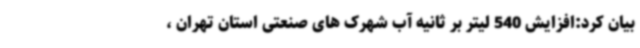
بیان کرد:افزایش 540 لیتر بر ثانیه آب شهرک های صنعتی استان تهران ،